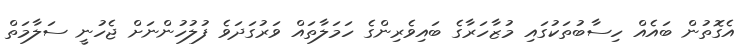
އެގޮތުން ބައެއް ހިސާބުތަކުގައި މުޒާހަރާގެ ބައިވެރިންގެ ހަމަލާތައް ވަރުގަދަވެ ފުލުހުންނަށް ޖެހުނީ ސަލާމަތް